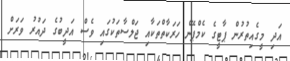
އަދި މީގެއިތުރުން ޕާޓީގެ ކެމްޕޭން ހަރަކާތްތަކާއި ޖަލްސާތަކުގައި ވެސް އަދީބުގެ ދައުރު ވަރަށް